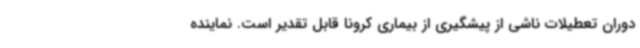
دوران تعطیلات ناشی از پیشگیری از بیماری کرونا قابل تقدیر است. نماینده